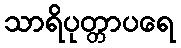
သာရိပုတ္တာပရေ